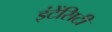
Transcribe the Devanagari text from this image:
इंटेंसिटी